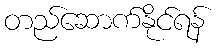
တည်ဆောက်နိုင်ရန်